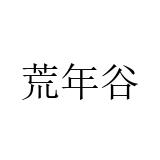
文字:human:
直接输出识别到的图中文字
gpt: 荒年谷